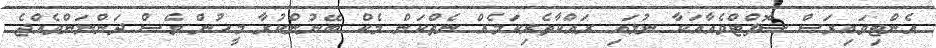
އެންޓިވައިރަސް ސޮފްޓްވެއާއަކާ ނުލައި ރައްކާތެރިކަމެއް ނެތްކަން މެކް ބޭނުންކުރާ މީހުން ވެސް ދަންނަންވެއްޖެ